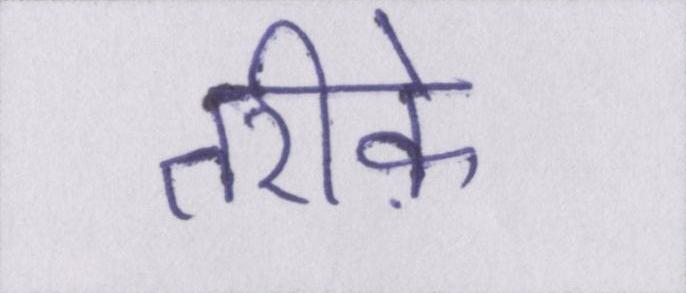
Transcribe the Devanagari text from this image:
तरीके़